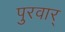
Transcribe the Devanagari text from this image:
पुरवार्